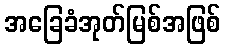
အခြေခံအုတ်မြစ်အဖြစ်